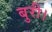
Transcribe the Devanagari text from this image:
बुरी।